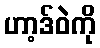
ဟာ့ဒ်ဝဲကို